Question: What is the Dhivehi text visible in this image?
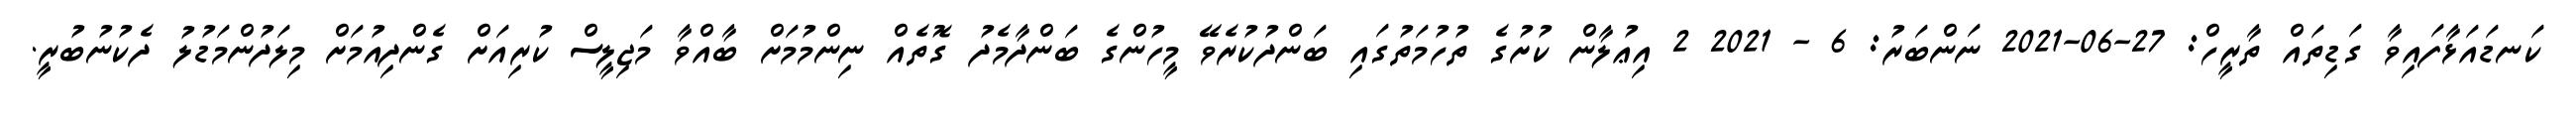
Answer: ކަނޑައަޅާފައިވާ ގަޑިތައް ތާރީހް: 27-06-2021 ނަންބަރު: 6 - 2021 2 އިޢުލާން ކުށުގެ ތުހުމަތުގައި ބަންދުކުރެވޭ މީހުންގެ ބަންދާމެދު ގޮތެއް ނިންމުމަށް ބާއްވާ މަޖިލީސް ކުރިއަށް ގެންދިއުމަށް މިލަދުންމަޑުލު ދެކުނުބުރީ.